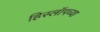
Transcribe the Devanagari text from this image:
हिस्लॉपच्या